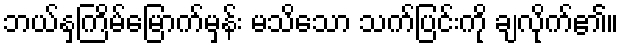
ဘယ်နှကြိမ်မြောက်မှန်း မသိသော သက်ပြင်းကို ချလိုက်၏။